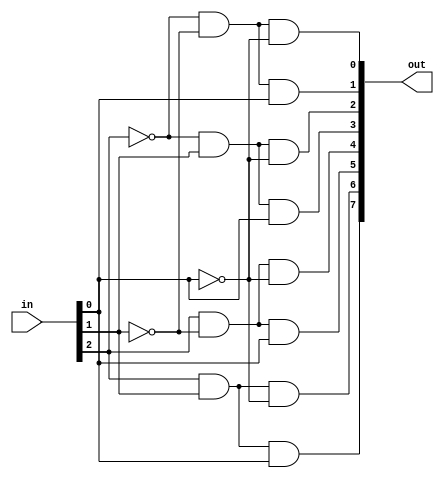
//********************************
//Owned by : nmohapatra@wisc.edu
//********************************


module decode3_8 (in, out);
  // --- inputs and outputs ---
  input [2:0] in;
  output [7:0] out;

  // --- wires ---
  wire [2:0] nin;

  // --- code ---
  assign nin[0] = ~in[0];
  assign nin[1] = ~in[1];
  assign nin[2] = ~in[2];
  
  assign out[0] = nin[2] & nin[1] & nin[0];
  assign out[1] = nin[2] & nin[1] &  in[0];
  assign out[2] = nin[2] &  in[1] & nin[0];
  assign out[3] = nin[2] &  in[1] &  in[0];
  assign out[4] =  in[2] & nin[1] & nin[0];
  assign out[5] =  in[2] & nin[1] &  in[0];
  assign out[6] =  in[2] &  in[1] & nin[0];
  assign out[7] =  in[2] &  in[1] &  in[0];
endmodule